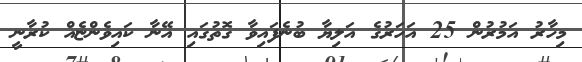
މިހާރު އަމުރުން 25 އަހަރުގެ އަލިޔާ ބުނެފައިވާ ގޮތުގައި އޭނާ ކައިވެންޏެއް ކުރާނީ